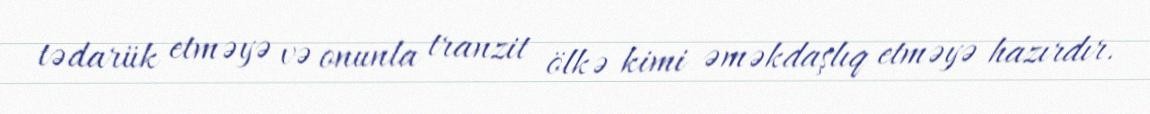
tədarük etməyə və onunla tranzit ölkə kimi əməkdaşlıq etməyə hazırdır.